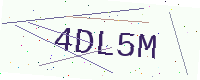
Text: 4DL5M